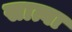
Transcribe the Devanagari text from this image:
सात्वा